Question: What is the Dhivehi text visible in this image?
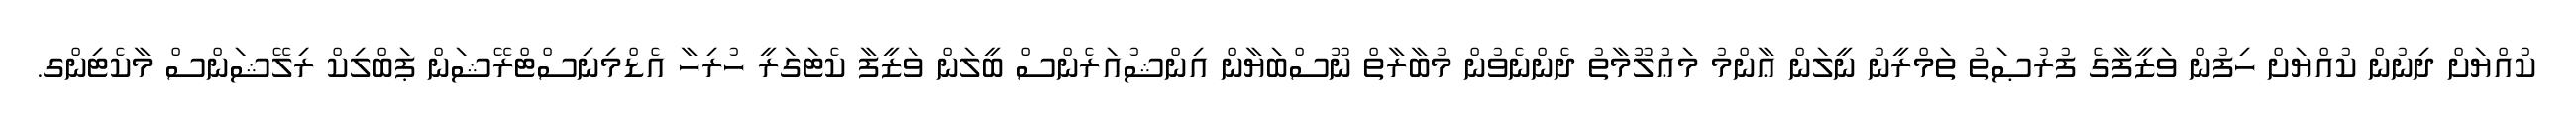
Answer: ކުއްޔަށް ދިނުން ކުއްޔަށް ހިފުން ވަޒީފާގެ ފުރުޞަތު ތަމްރީނު ނީލަން ޢާންމު މަޢުލޫމާތު ދެންނެވުން މުބާރާތް ނޫސްބަޔާން އިންޝުއަރެންސް ބީލަން ވަޒީފާ ކެޓަގަރީ ހުރިހާ އެޑްމިނިސްޓްރޭޝަން ޕަބްލިކް ރިލޭޝަންސް މާކެޓިންގ.